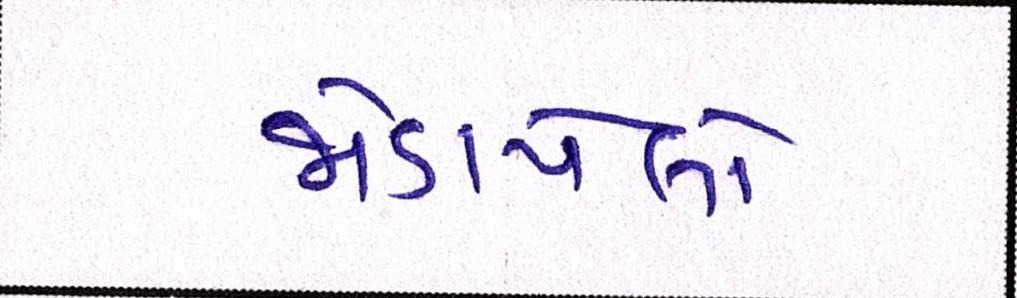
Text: જોડાયેલો